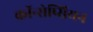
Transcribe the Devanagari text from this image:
कॉन्सेप्सियन